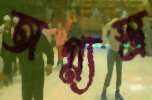
অগ্ন্যস্ত্র